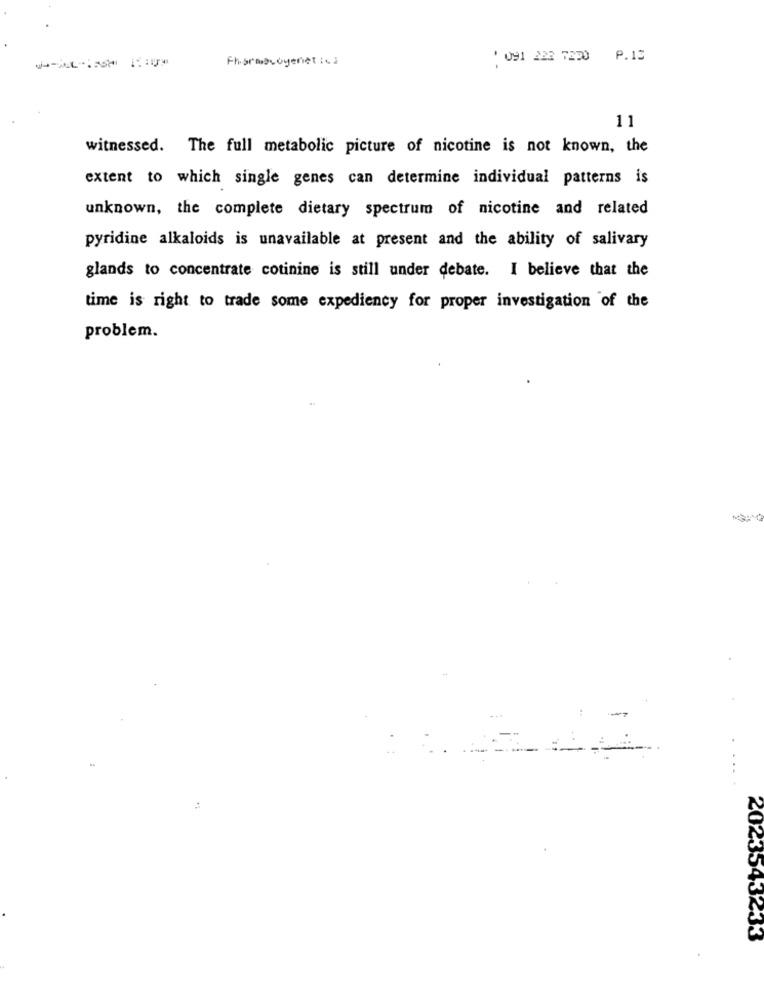
Pharmacogenetic
' 091 222 7220 P.13
11
witnessed. The full metabolic picture of nicotine is not known, the
extent to which single genes can determine individual patterns is
unknown, the complete dietary spectrum of nicotine and related
pyridine alkaloids is unavailable at present and the ability of salivary
glands to concentrate cotinine is still under debate. I believe that the
time is right to trade some expediency for proper investigation of the
problem.
2023543233